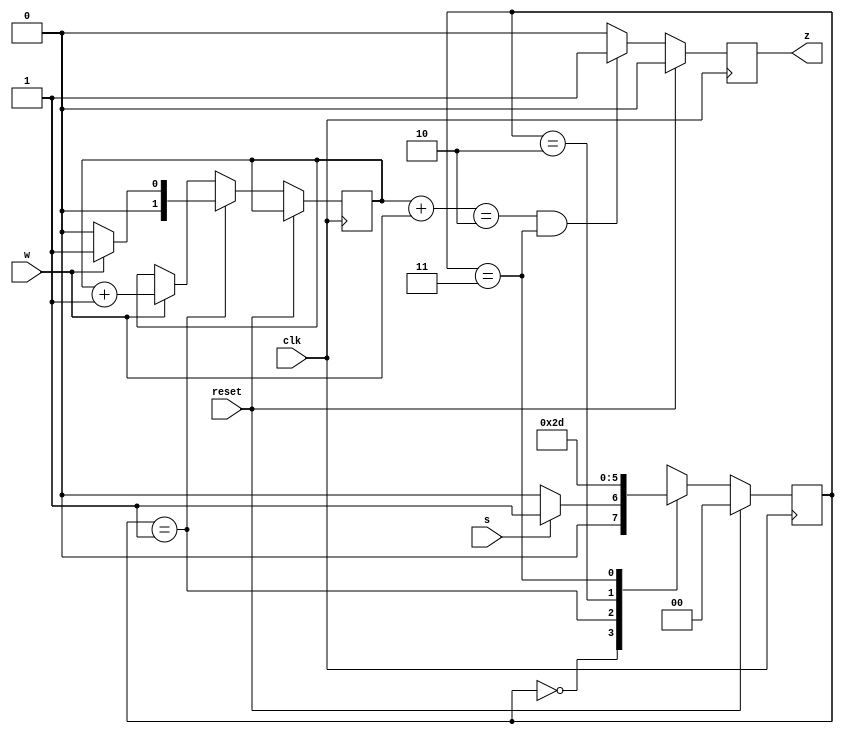
module top_module (
    input clk,
    input reset,   // Synchronous reset
    input s,
    input w,
    output z
);
    
    reg [1:0] state, next_state;
    reg [1:0] w_cnt;
    
    always @(*)begin
        case(state)
            2'b00:	next_state = s? 2'b01 : 2'b00;
            2'b01:	next_state = 2'b10;
            2'b10:	next_state = 2'b11;
            2'b11:	next_state = 2'b01;
        endcase
    end
    
    always @(posedge clk) begin
        if(reset) begin
            state <= 2'b00;
            z <= 1'b0;
        end
        else begin
        	state <= next_state;
            if(state == 2'b01)
                w_cnt <= w? 2'b01 : 2'b00;
            else
                w_cnt <= w? (w_cnt + 2'b01) : w_cnt;
            if(((w_cnt + w) == 2'b10) && (state == 2'b11))
                z <= 1'b1;
            else
                z <= 1'b0;
        end
    end

endmodule